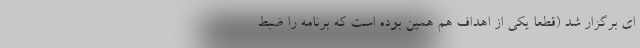
ای برگزار شد (قطعا یکی از اهداف هم همین بوده است که برنامه را ضبط